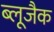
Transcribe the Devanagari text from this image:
ब्लूजैक